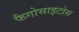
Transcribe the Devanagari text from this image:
फैगोसाइटोस